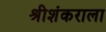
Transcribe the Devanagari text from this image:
श्रीशंकराला